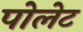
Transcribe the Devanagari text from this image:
पोलेट